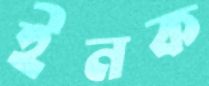
ইনক